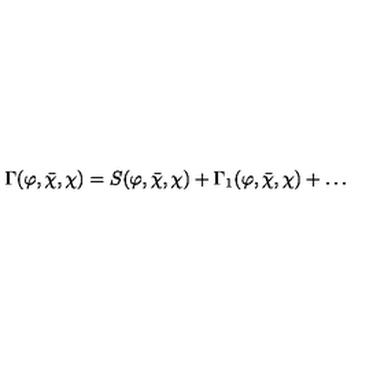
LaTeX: \Gamma ( \varphi , { \bar { \chi } } , \chi ) = S ( \varphi , { \bar { \chi } } , \chi ) + \Gamma _ { 1 } ( \varphi , { \bar { \chi } } , \chi ) + \ldots